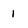
Character: 1